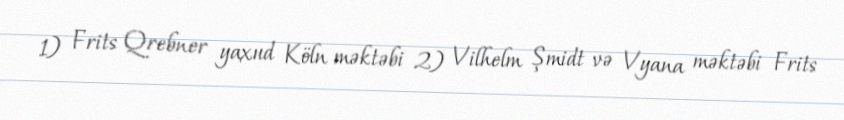
1) Frits Qrebner yaxud Köln məktəbi 2) Vilhelm Şmidt və Vyana məktəbi Frits